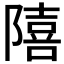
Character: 𨼩